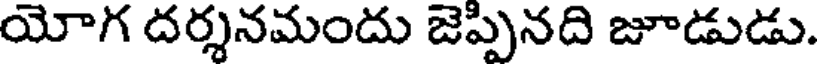
యోగ దర్శనమందు జెప్పినది జూడుడు.